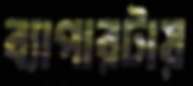
ব্যাপারটায়